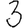
Digit: 3